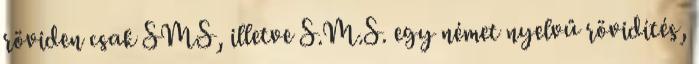
röviden csak SMS, illetve S.M.S. egy német nyelvű rövidítés,